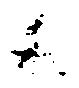
候